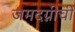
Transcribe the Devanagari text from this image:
जमदग्नीची